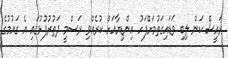
ރައީސް ކަން ލިބި ވަޑައިގަތުމަށްފަހު އިންޑިޔާއަށް ކުރެއްވި ރަސްމީ ދަތުރުފުޅުގައި އެ ގައުމުގެ